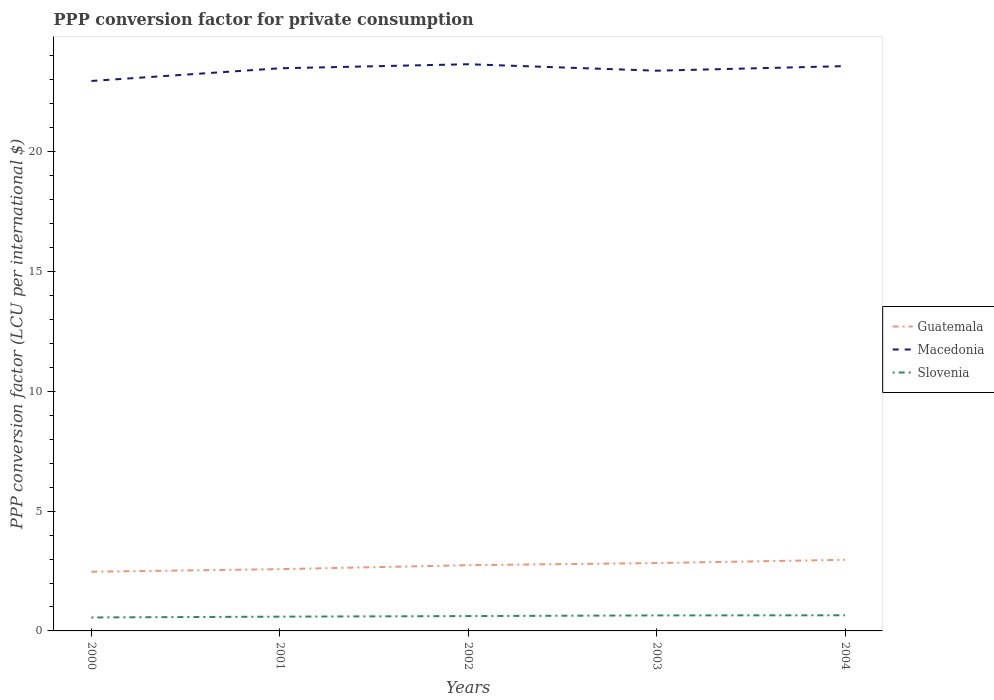
| Years | Guatemala | Macedonia | Slovenia |
 | --- | --- | --- | --- |
 | 2000 | 2.47 | 23 | 0.562 |
 | 2001 | 2.58 | 23.5 | 0.595 |
 | 2002 | 2.74 | 23.7 | 0.62 |
 | 2003 | 2.83 | 23.4 | 0.647 |
 | 2004 | 2.97 | 23.6 | 0.653 |